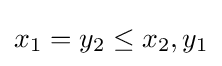
x_{1}=y_{2}\leq x_{2},y_{1}